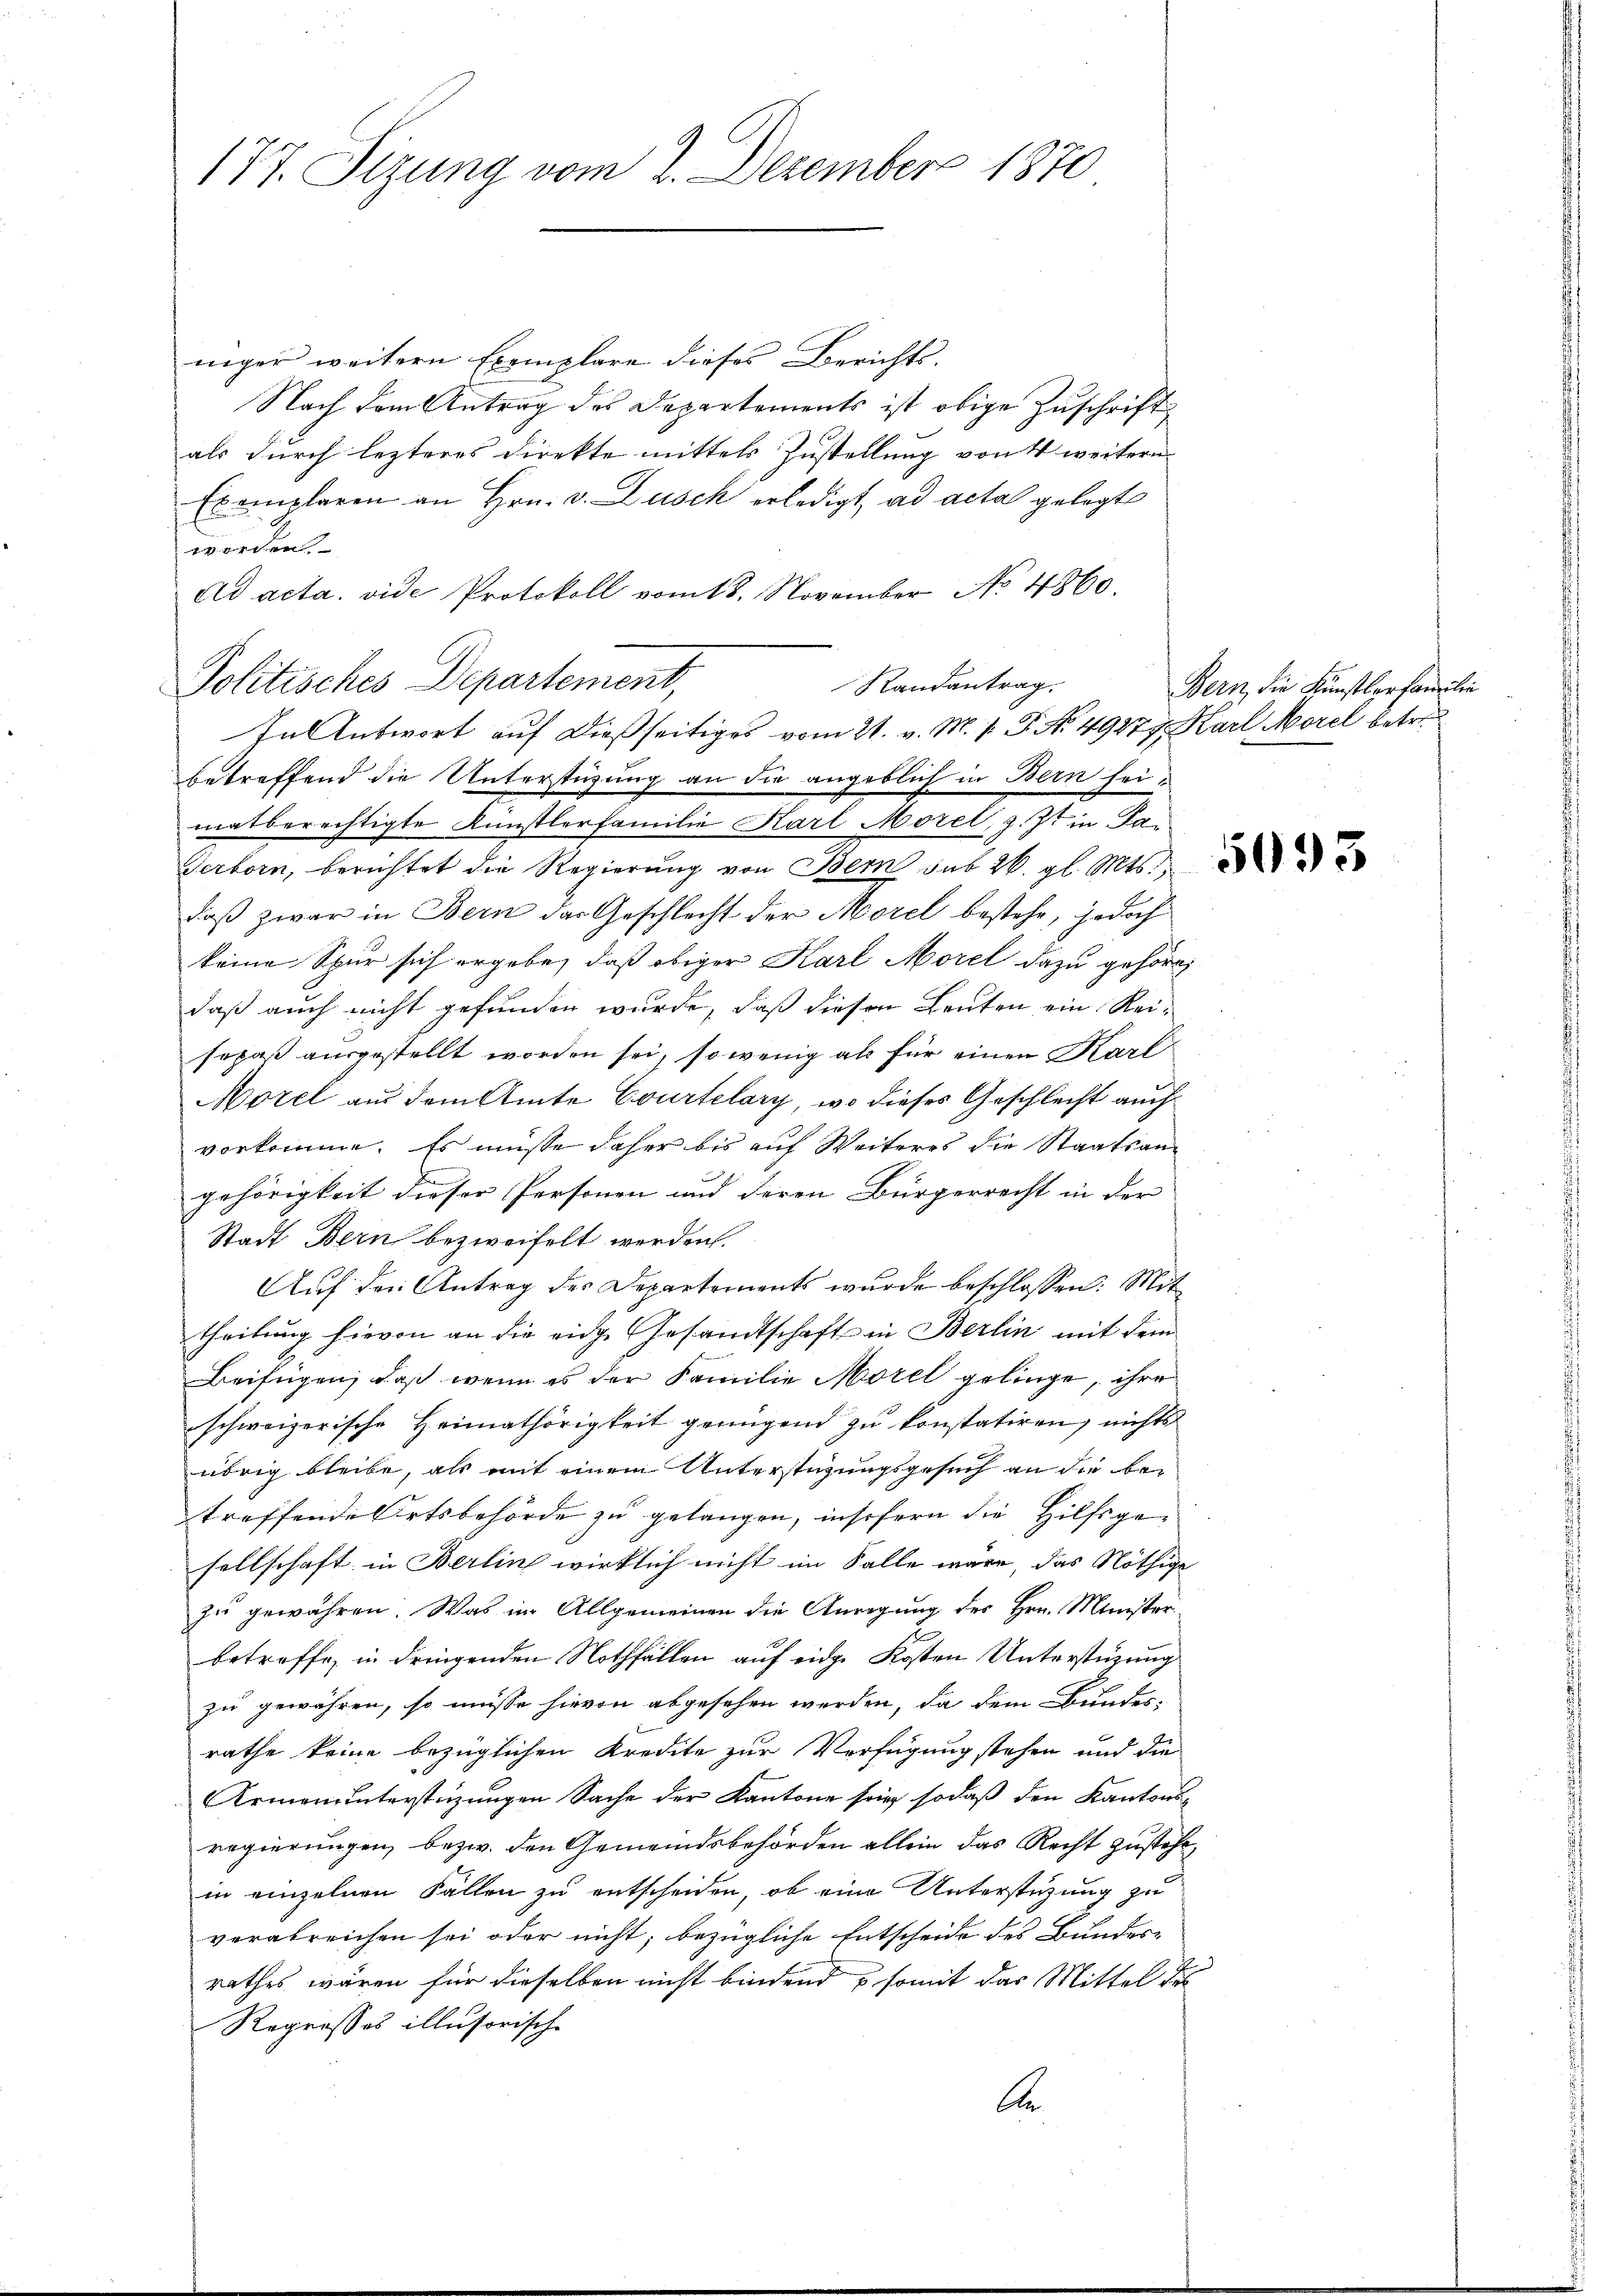
177. Sizung vom 2. Dezember 1870

niger weitern Exemplare dieses Berichts-
Nach dem Antrag des Departements ist obige Zuschrift
als durch lezteres Direkte mittels Zustellung von 4 weitern
Exemplaren an Hrn. v. Dusch erledigt ad acta gelegt
worden.
Ad acta. vide Protokoll vom 18. November No. 1860.
Politisches Departement,
Randantrag.
betreffend die Unterstüzung an die angeblich in Bern seimatberechtigte Künstlerfamilie Karl Morel, z. Zt. in Pa
Serborn, berichtet die Regierung von Bern sub 26. gl. Mts.
daß zwar in Bern das Geschlecht der Morel bestehe, jedoch
keine Spur sich ergebe, daß obiger Karl Morel dazu gehöre
daß auch nicht gefunden wurde, daß diesen Leuten ein Reisopaß ausgestellt worden sei, so wenig als für einen Karl
Morel aus dem Amte Courtelary, wo dieses Geschlecht auch
vorkomme. Es müsse daher bis auf Weiteres die Staatsangehörigkeit dieser Personen und deren Bürgerrecht in der
Stadt Bern bezweifelt werden.
Auf den Antrag des Departements wurde beschlossen: Mit
theilung hievon an die eidg. Gesandtschaft in Berlin mit dem
Beifügen, daß wenn es der Familie Morel gelinge, ihre
schweizerische Heimathörigkeit genügend zu konstatiren, nichts
übrig bleibe, als mit einem Unterstüzungsgesuch an die betreffende Ortsbehörde zu gelangen, insofern die Hilfsge-
sellschaft in Berlin wirklich nicht im Falle wäre, das Nöthige
zu gewähren. Was im Allgemeinen die Anregung des Hrn. Ministerbetreffe, in dringenden Nothfällen auf eine Kosten Unterstüzung
zu gewähren, so müsse hievon abgesehen werden, da dem Bundes-
rathe keine bezüglichen Kredite zur Verfügung stehen und die
Armenuntersteigungen Sache der Kantone stieg sodaß den Kantons-
regierungen, bezw. den Gemeindsbehörden allein das Recht zustehe
in einzelnen Fallen zu entscheiden, ob eine Unterstüzung zu
verabreichen sei oder nicht, bezügliche Entscheide des Bundes-
rathes wären für dieselben nicht bindend somit das Mittel des
Regrosses illusorische
be

In Antwort auf dießseitiges vom 21. v. M. v. P. No. 49279. Karl Morel betre

Bern, die Künstler familien

5093